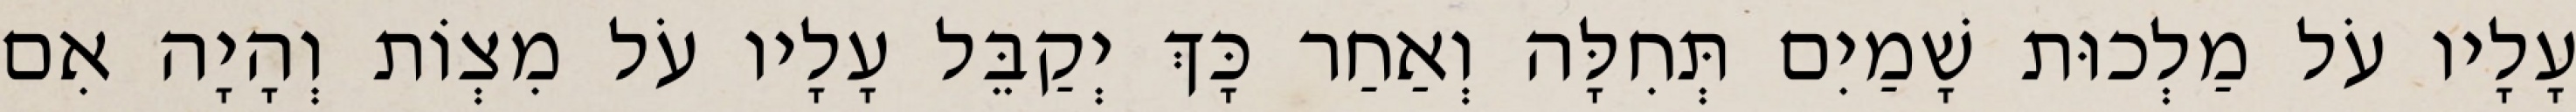
עָלָיו עֹל מַלְכוּת שָׁמַיִם תְּחִלָּה וְאַחַר כָּךְ יְקַבֵּל עָלָיו עֹל מִצְוֹת וְהָיָה אִם